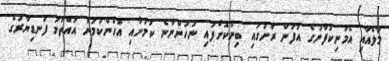
މާލެއާއި އެމަނިކުފާނުގެ އުފަން ރަށުގައި ބިނާކޮށްފައި ނުހުންނާނެ ކަމަށާއި އެހެންކަމުން އުއްތަމަ ފަނޑިޔާރުގެ